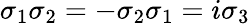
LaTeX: \sigma_{1}\sigma_{2}=-\sigma_{2}\sigma_{1}=i\sigma_{3}